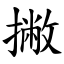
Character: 撇